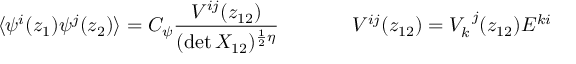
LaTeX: \begin{array} { c c } { { \displaystyle { \langle \psi ^ { i } ( z _ { 1 } ) \psi ^ { j } ( z _ { 2 } ) \rangle = C _ { \psi } \frac { V ^ { i j } ( z _ { 1 2 } ) } { ( \operatorname * { d e t } { \cal X } _ { 1 2 } ) ^ { \frac { 1 } { 2 } \eta } } } ~ ~ ~ ~ } } & { { ~ ~ ~ ~ V ^ { i j } ( z _ { 1 2 } ) = V _ { k } ^ { ~ j } ( z _ { 1 2 } ) { \cal E } ^ { k i } } } \end{array}